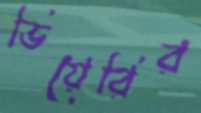
ভিয়েরির